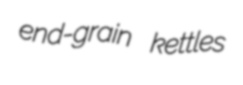
end-grain kettles